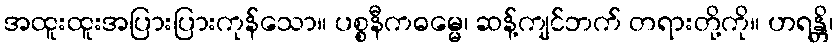
အထူးထူးအပြားပြားကုန်သော။ ပစ္စနီကဓမ္မေ၊ ဆန့်ကျင်ဘက် တရားတို့ကို။ ဟရန္တိ၊